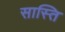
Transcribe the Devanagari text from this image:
सास्ति